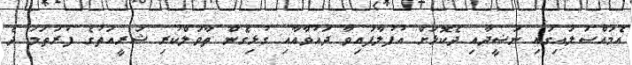
އެމައްސަލައިގައި ނަޝީދާއި ދެކޮޅަށް އުފުލާފައިވާ ދައުވާއާއި ގުޅިގެން ތާވަލްކުރި ޝަރީއަތުގެ ފުރަތަމަ ދެ